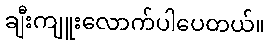
ချီးကျူးလောက်ပါပေတယ်။